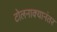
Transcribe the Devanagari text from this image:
टोलनाक्यानंतर